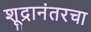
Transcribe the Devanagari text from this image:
शूद्रानंतरचा